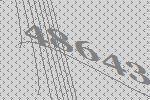
48643